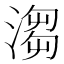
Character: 𣺥